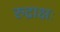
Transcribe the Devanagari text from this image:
रुद्राक्षः